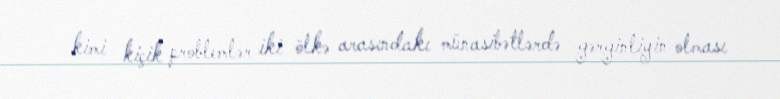
kimi kiçik problemlər iki ölkə arasındakı münasibətlərdə gərginliyin olması